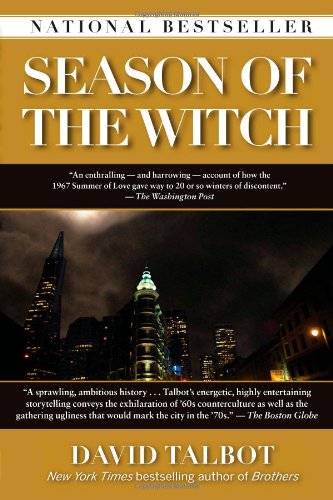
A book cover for Season of the Witch: Enchantment, Terror, and Deliverance in the City of Love; David Talbot; Biographies & Memoirs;